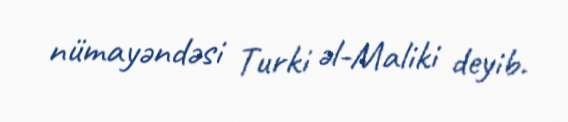
nümayəndəsi Turki əl-Maliki deyib.